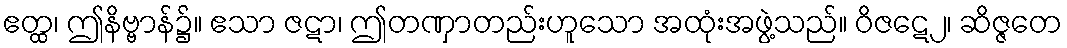
ဧတ္ထ၊ ဤနိဗ္ဗာန်၌။ ဧသာ ဇဋာ၊ ဤတဏှာတည်းဟူသော အထုံးအဖွဲ့သည်။ ဝိဇဋေ၂၊ ဆိဇ္ဇတေ